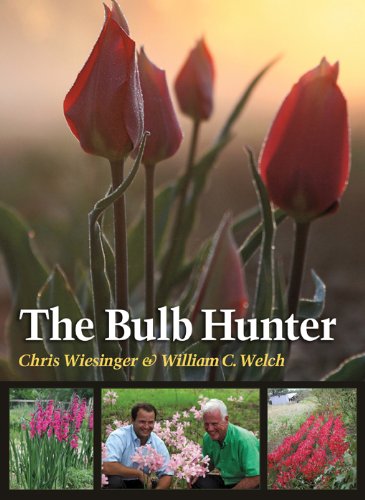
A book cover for The Bulb Hunter (Texas A&M AgriLife Research and Extension Service Series); Chris Wiesinger; Crafts, Hobbies & Home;